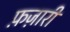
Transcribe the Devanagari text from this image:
फ़ज़ारी